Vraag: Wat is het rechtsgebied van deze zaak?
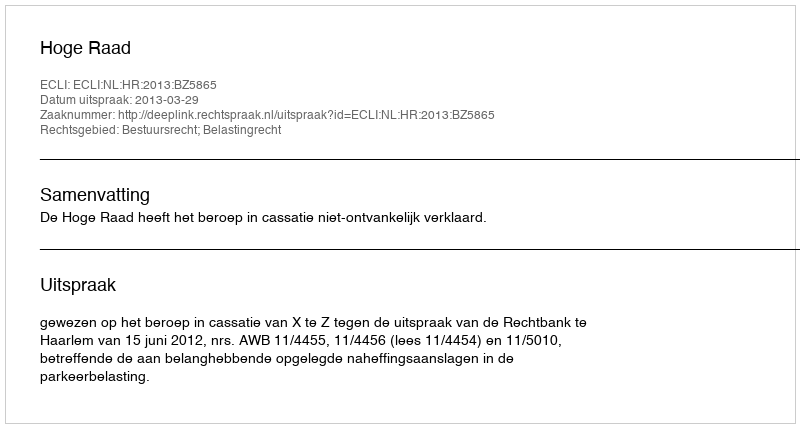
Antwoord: Bestuursrecht; Belastingrecht